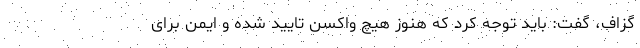
گزاف، گفت: باید توجه کرد که هنوز هیچ واکسن تایید شده و ایمن برای